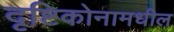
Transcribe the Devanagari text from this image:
दृष्टिकोनामधील